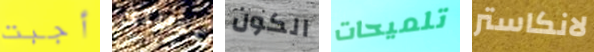
أجبت عذريتك الكون تلميحات لانكاستر